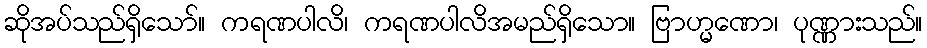
ဆိုအပ်သည်ရှိသော်။ ကရဏပါလိ၊ ကရဏပါလိအမည်ရှိသော။ ဗြာဟ္မဏော၊ ပုဏ္ဏားသည်။